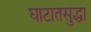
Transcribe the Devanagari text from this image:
घाटातसुद्धा